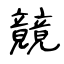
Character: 竸